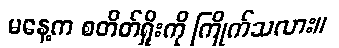
မနေ့က စတိတ်ရှိုးကို ကြိုက်သလား။